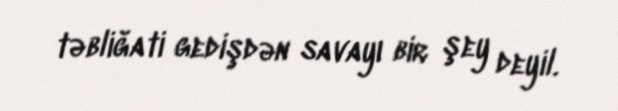
təbliğati gedişdən savayı bir şey deyil.